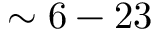
\sim 6 - 2 3